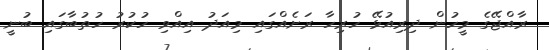
ރާއްޖޭގެ މީހުން ދިރިއުޅޭ ހުރިހާ ރަށެއްގައި މިއަދު އިއްވި ހުކުރު ހުތުބާގައި ބުނީ